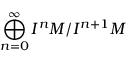
\bigoplus _ { n = 0 } ^ { \infty } I ^ { n } M / I ^ { n + 1 } M